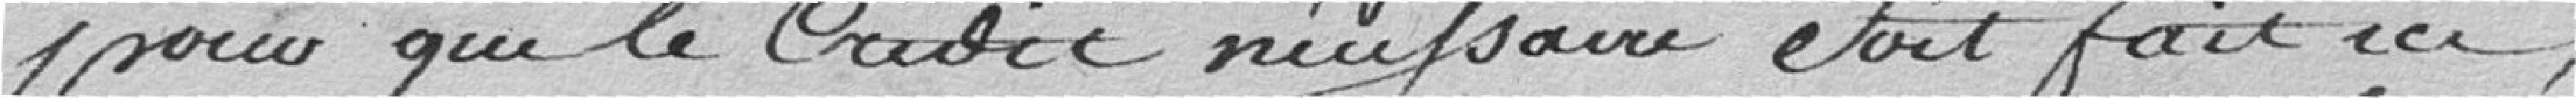
pour que le Cubic nécessaire était fait ici,